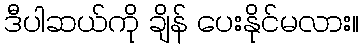
ဒီပါဆယ်ကို ချိန် ပေးနိုင်မလား။